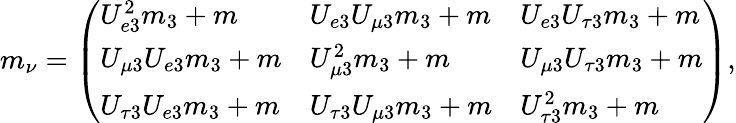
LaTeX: m_{\nu}=\left(\begin{array}{lll}{{U_{e3}^{2}m_{3}+m}}&{{U_{e3}U_{\mu 3}m_{3}+m}}&{{U_{e3}U_{\tau 3}m_{3}+m}}\\ {{U_{\mu 3}U_{e3}m_{3}+m}}&{{U_{\mu 3}^{2}m_{3}+m}}&{{U_{\mu 3}U_{\tau 3}m_{3}+m}}\\ {{U_{\tau 3}U_{e3}m_{3}+m}}&{{U_{\tau 3}U_{\mu 3}m_{3}+m}}&{{U_{\tau 3}^{2}m_{3}+m}}\end{array}\right),